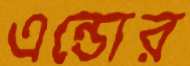
এন্ডোর